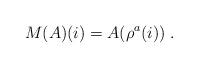
LaTeX: \begin{align*}M(A)(i)=A(\rho^a(i))\;.\end{align*}